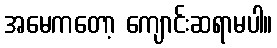
အမေကတော့ ကျောင်းဆရာမပါ။